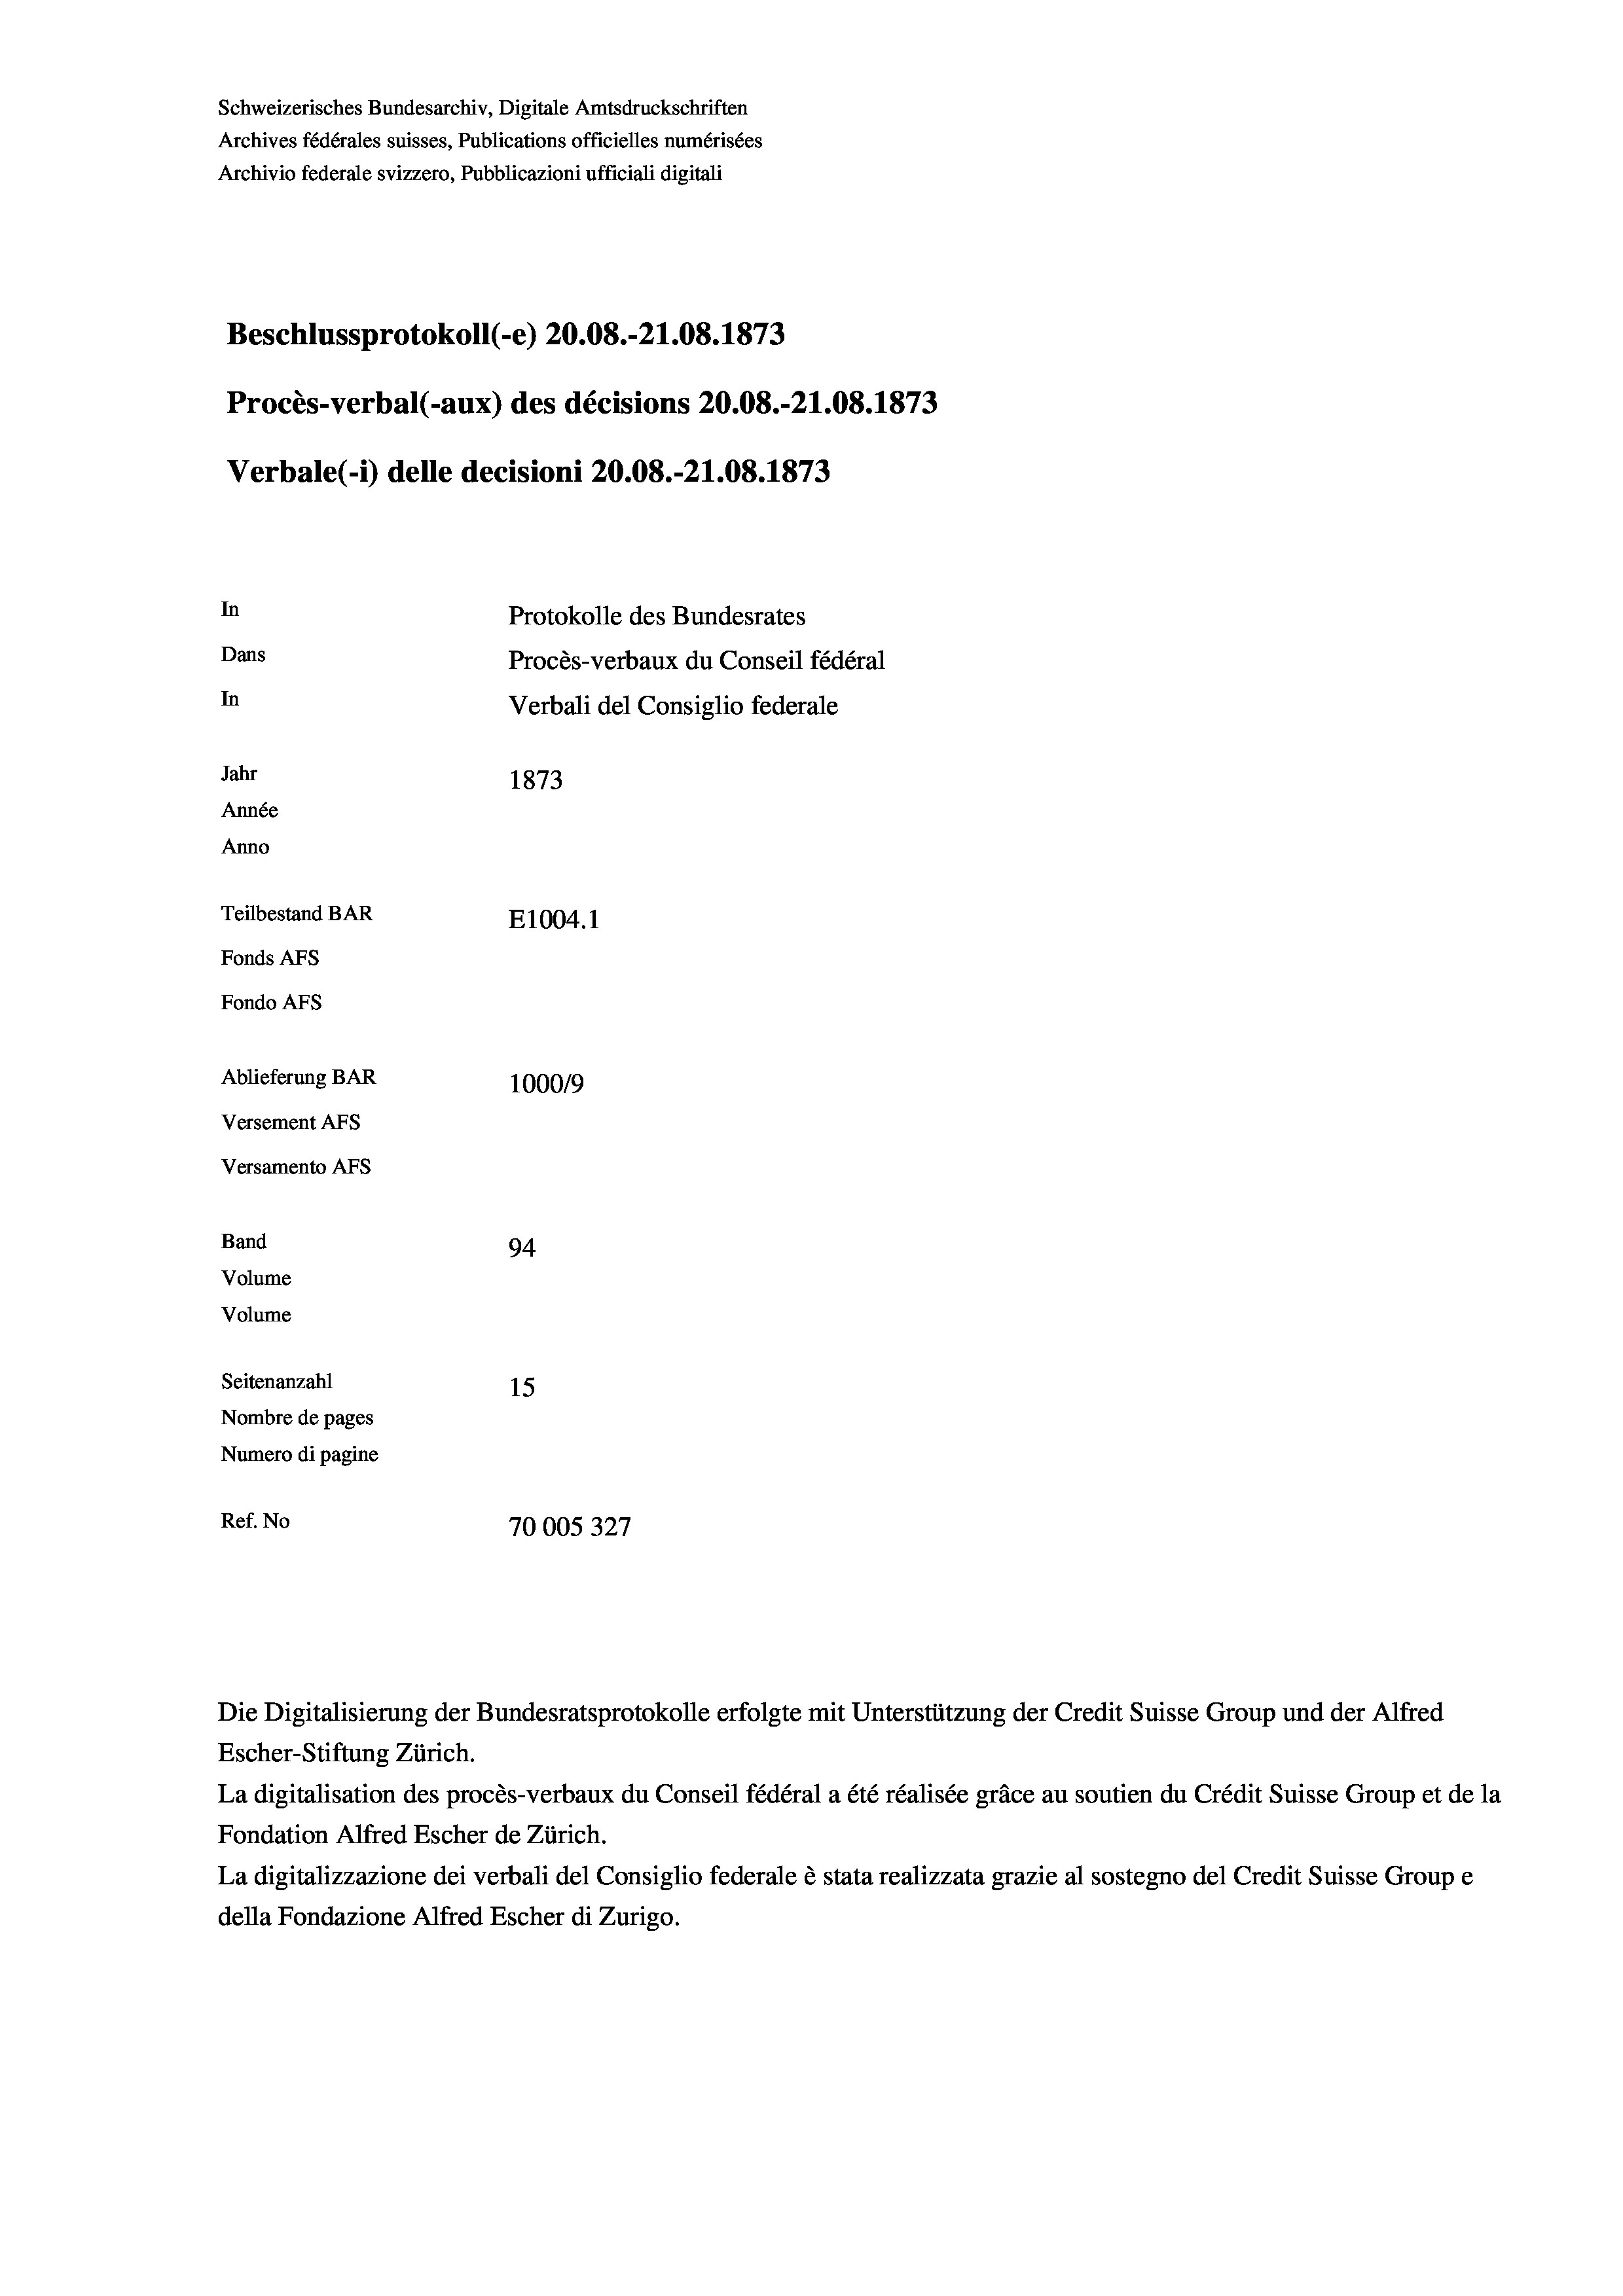
Schweizerisches Bundesarchiv, Digitale Amtsdruckschriften
Archives fédérales suisses, Publications officielles numérisées
Archivio federale svizzero, Pubblicazioni ufficiali digitali
Beschlussprotokoll (-e) 20.08.-21.08. 1873
Procès-verbal (-aux) des décisions 20.08.-21.08. 1873
Verbale(-*) delle decisioni 20.08.-21.08. 1873
In
Protokolle des Bundesrates
Dans
Procès-verbaux du Conseil fédéral
In
Verbali del Consiglio federale
Jahr
1873
Année
Anno
Teilbestand BAR
E1004.1
Fonds AFs
Fondo Afs
Ablieferung BAR
100019
Versement AFs
Versamento AFs
Band
94.
Volume
Volume
Seitenanzahl
15
Nombre de pages
Numero di pagine
Ref. No
70005327

Die Digitalisierung der Bundesratsprotokolle erfolgte mit Unterstützung der Credit Suisse Group und der Alfred

Escher-Stiftung Zürich.
La digitalisation des procès-verbaux du Conseil fédéral a été réalisée gräce au soutien du Crédit Suisse Group et de la
Fondation Alfred Escher de Zürich.
La digitalizzazione dei verbali del Consiglio federale è stata realizzata grazie al sostegno del Credit Suisse Groupe
della Fondazione Alfred Escher di Zurigo.